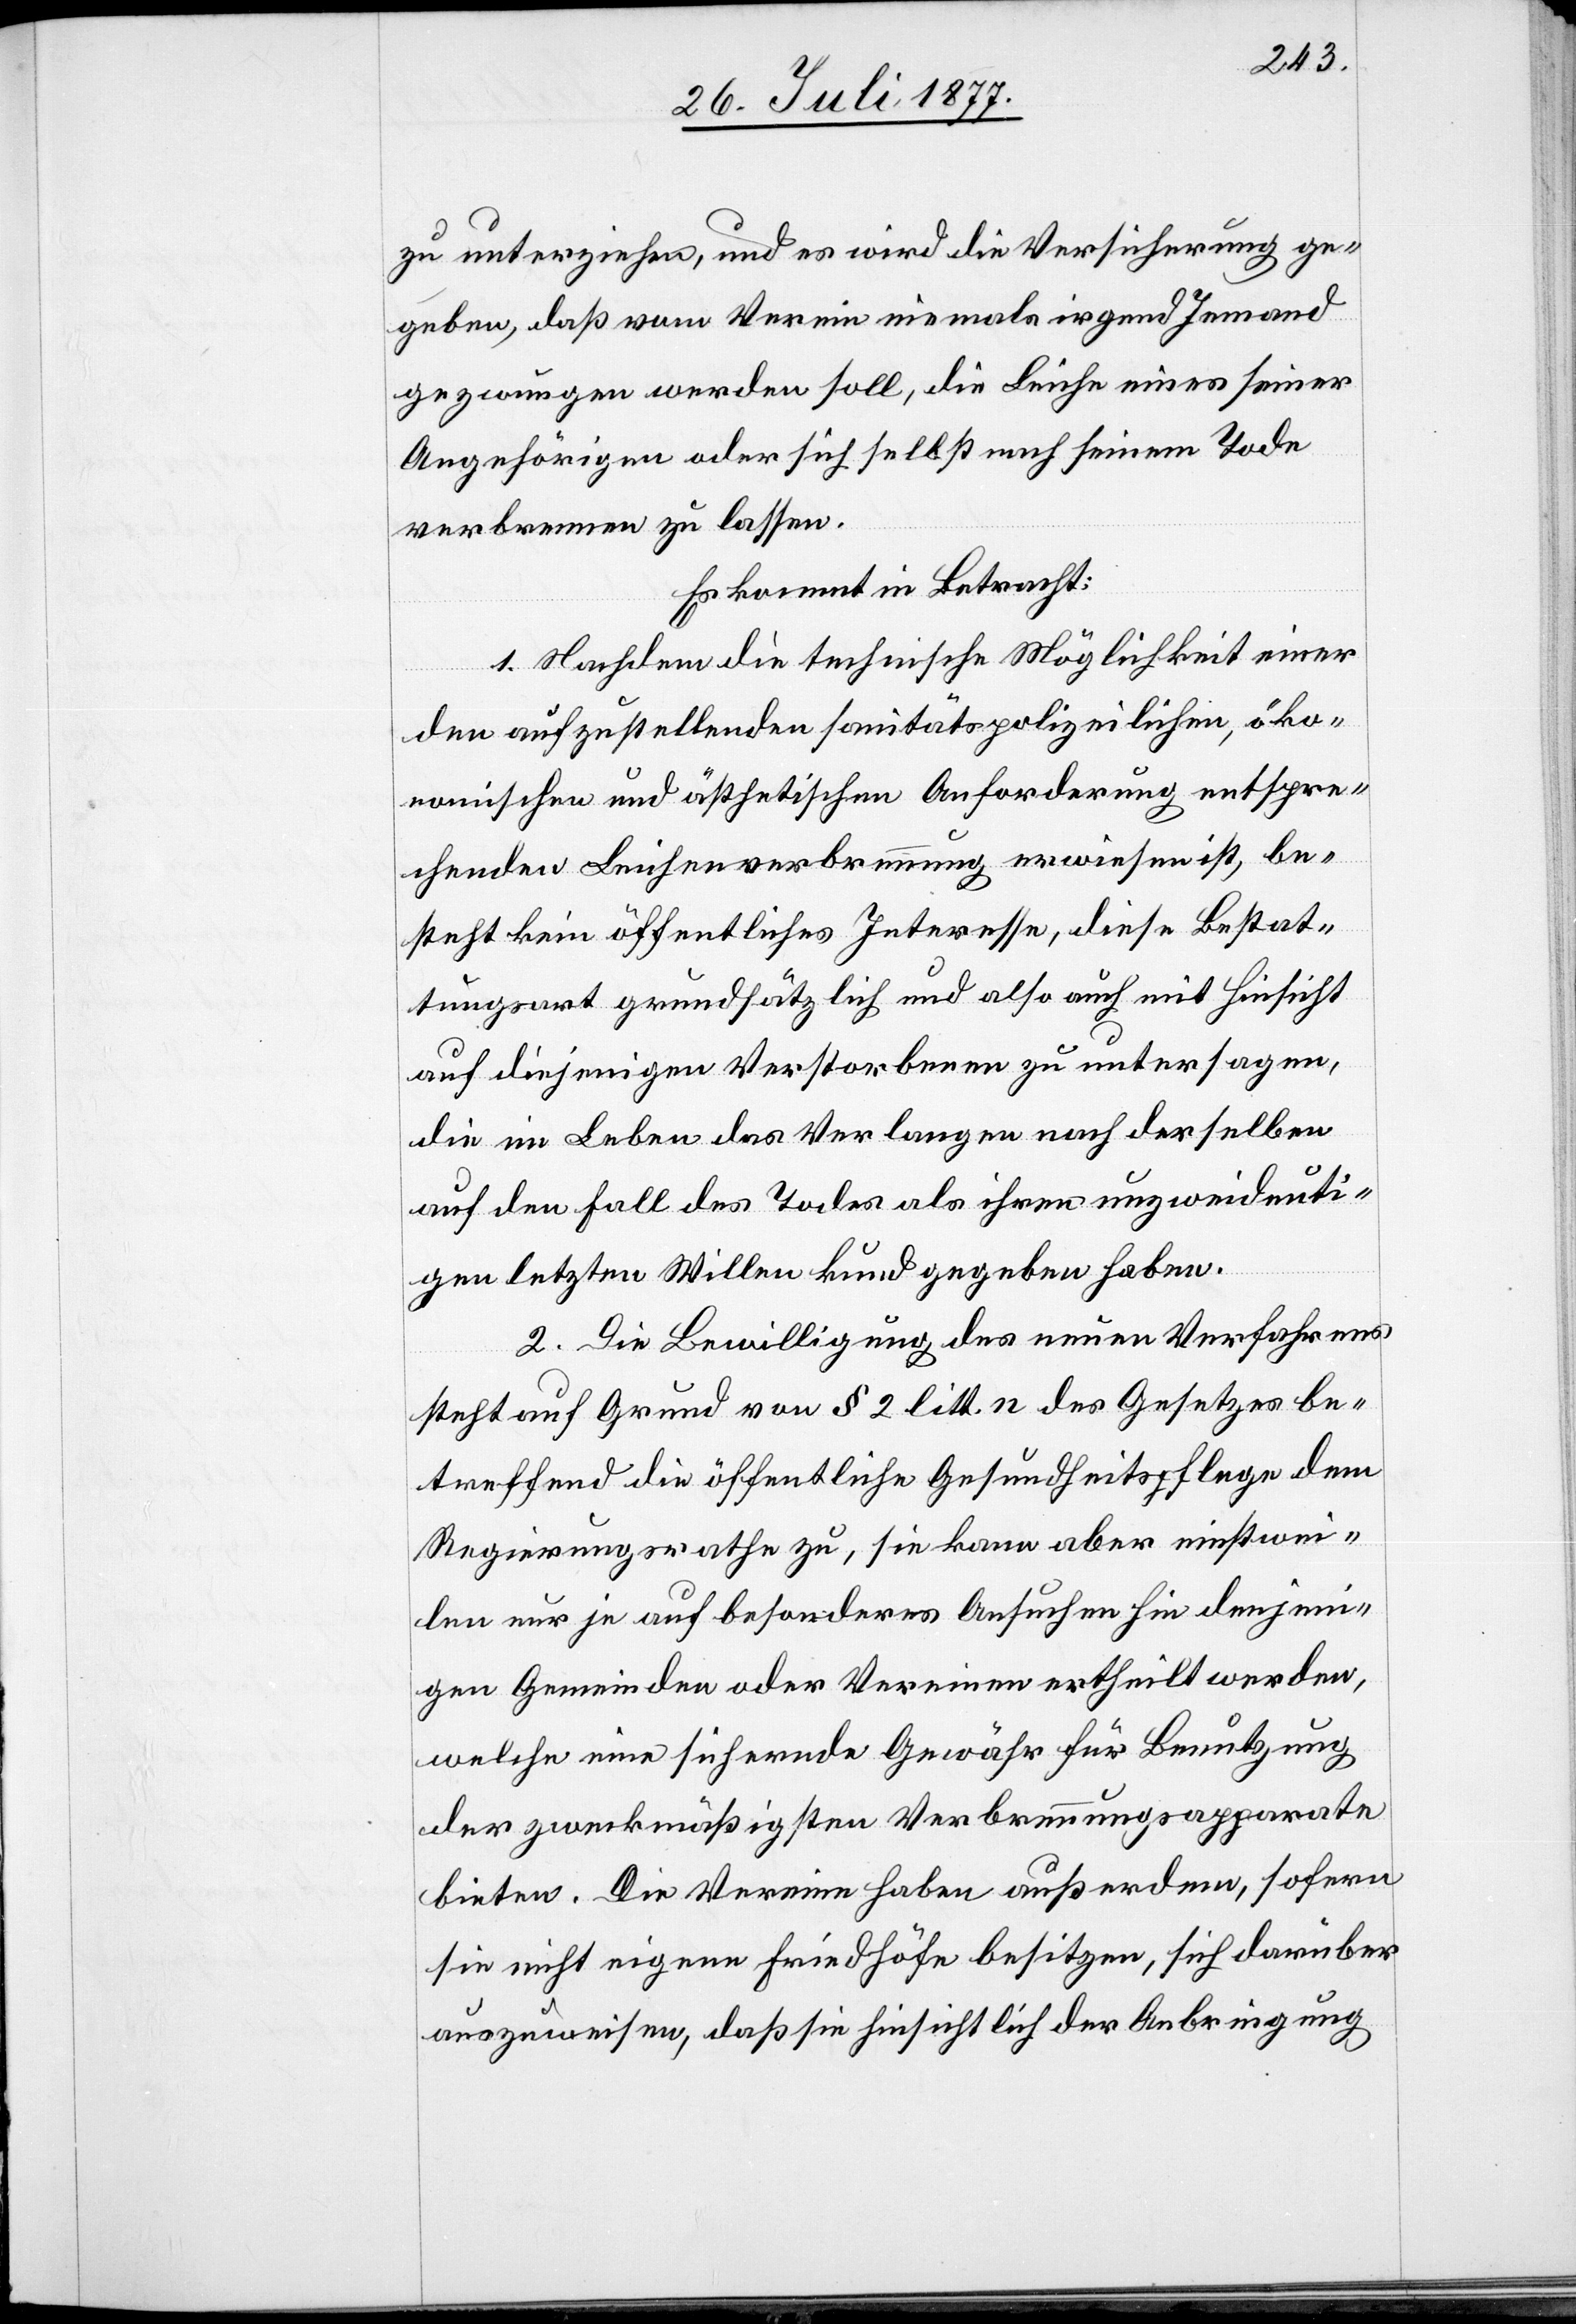
zu unterziehen, und es wird die Versicherung ge¬
geben, daß vom Verein niemals irgend Jemand
gezwungen werden soll, die Leiche eines seiner
Angehörigen oder sich selbst nach seinem Tode
verbrennen zu lassen.
Es kommt in Betracht:
1. Nachdem die technische Möglichkeit einer
den aufzustellenden sanitätspolizeilichen, öko¬
nomischen und ästhetischen Anforderung[en] entspre¬
chenden Leichenverbrennung erwiesen ist, be¬
steht kein öffentliches Interesse, diese Bestat¬
tungsart grundsätzlich und also auch mit Hinsicht
auf diejenigen Verstorbenen zu untersagen,
die im Leben das Verlangen nach derselben
auf den Fall des Todes als ihren unzweideuti¬
gen letzten Willen kund gegeben haben.
2. Die Bewilligung des neuen Verfahrens
steht auf Grund von § 2 litt. n des Gesetzes be¬
treffend die öffentliche Gesundheitspflege dem
Regierungsrathe zu, sie kann aber einstwei¬
len nur je auf besonderes Ansuchen hin denjeni¬
gen Gemeinden oder Vereinen ertheilt werden,
welche eine sichernde Gewähr für Benutzung
der zweckmäßigsten Verbrennungsapparate
bieten. Die Vereine haben außerdem, sofern
sie nicht eigene Friedhöfe besitzen, sich darüber
auszuweisen, daß sie hinsichtlich der Anbringung